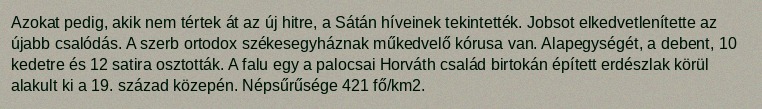
Azokat pedig, akik nem tértek át az új hitre, a Sátán híveinek tekintették. Jobsot elkedvetlenítette az újabb csalódás. A szerb ortodox székesegyháznak műkedvelő kórusa van. Alapegységét, a debent, 10 kedetre és 12 satira osztották. A falu egy a palocsai Horváth család birtokán épített erdészlak körül alakult ki a 19. század közepén. Népsűrűsége 421 fő/km2.